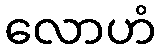
လောဟံ